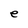
Character: e